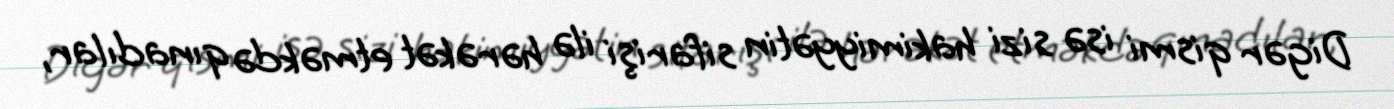
Digər qismi isə sizi hakimiyyətin sifarişi ilə hərəkət etməkdə qınadılar,